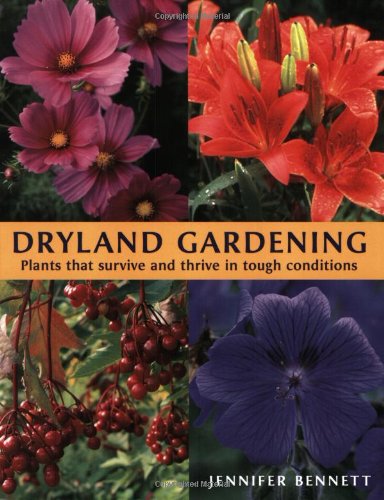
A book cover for Dryland Gardening: Plants that Survive and Thrive in Tough Conditions; Jennifer Bennett; Crafts, Hobbies & Home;